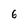
Character: 6